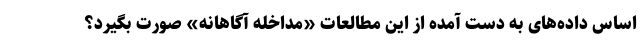
اساس داده‌های به دست آمده از این مطالعات «مداخله آگاهانه» صورت بگیرد؟